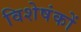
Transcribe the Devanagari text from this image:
विशेषंकों